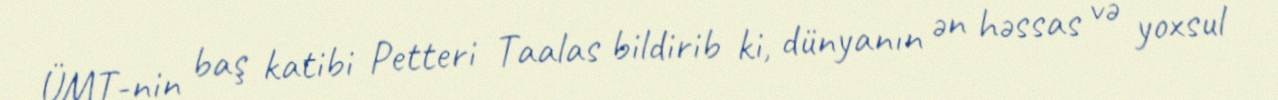
ÜMT-nin baş katibi Petteri Taalas bildirib ki, dünyanın ən həssas və yoxsul